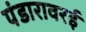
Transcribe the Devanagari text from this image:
पंडारावरई